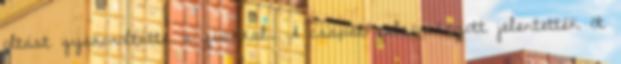
oltást gyakoroltatta a fiúkkal. A csapat felsorakozott jelentették öt